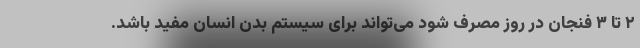
۲ تا ۳ فنجان در روز مصرف شود می‌تواند برای سیستم بدن انسان مفید باشد.